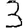
Digit: 3